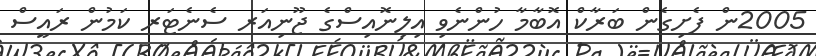
2005ން ފެށިގެން ބަރާކް އޮބާމާ ހުންނެވި އިލިނޮއިސްގެ ޖޫނިއަރ ސެނެޓަރ ކަމުން ރައީސް